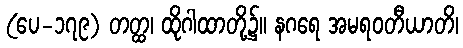
(ပေ-၁၇၉) တတ္ထ၊ ထိုဂါထာတို့၌။ နဂရေ အမရဝတီယာတိ၊